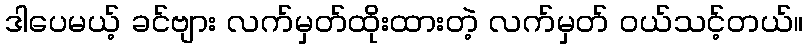
ဒါပေမယ့် ခင်ဗျား လက်မှတ်ထိုးထားတဲ့ လက်မှတ် ဝယ်သင့်တယ်။